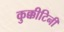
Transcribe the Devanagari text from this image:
कुक्कीटिनी